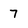
Character: 7